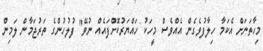
މިހާތަނަށް އެކަމާ ހިލާފުވެގެން އެއްވެސް މީހަކު ހައްޔަރުކޮށްފައެއް ނުވޭ" ފުލުހުންގެ ތަރުޖަމާން ލަމިން